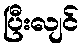
ပြီးလျင်